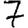
Digit: 7